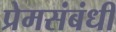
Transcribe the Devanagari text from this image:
प्रेमसंबंधी